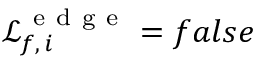
\mathcal { L } _ { f , \, i } ^ { \mathrm { ~ e ~ d ~ g ~ e ~ } } = f a l s e